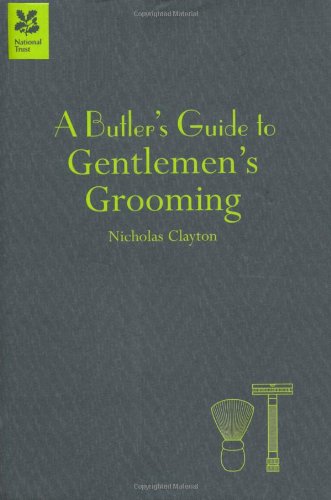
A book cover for A Butler's Guide to Gentlemen's Grooming; Nicholas Clayton; Health, Fitness & Dieting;